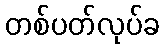
တစ်ပတ်လုပ်ခ